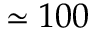
\simeq 1 0 0